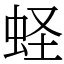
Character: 蛏